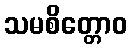
သမစိတ္တောဝ